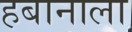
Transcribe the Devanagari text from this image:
हबानाला